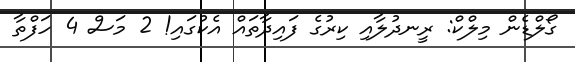
ގޯލްޑެން މިލްކް: ރީނދުލާއި ކިރުގެ ފައިދާތައް އެކުގައި! 2 މަސް 4 ހަފްތާ